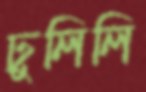
ঢুলিলি